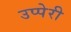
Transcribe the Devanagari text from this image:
उप्पेरी